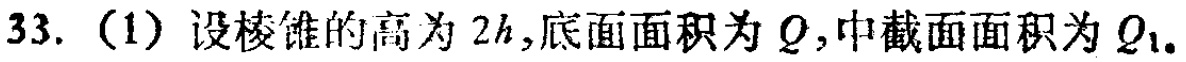
33. (1) 设棱锥的高为 \(2h\)，底面面积为 \(Q\)，中截面面积为 \(Q_{1}\)。